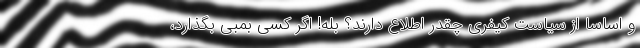
و اساساً از سیاست کیفری چقدر اطلاع دارند؟ بله! اگر کسی بمبی بگذارد،